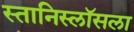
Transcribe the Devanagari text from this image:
स्तानिस्लॉसला